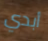
أبدي